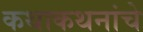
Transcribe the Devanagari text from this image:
कथाकथनांचे